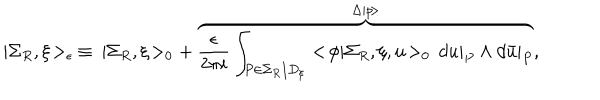
| \Sigma _ { R } , \xi \! > _ { \epsilon } \: \equiv \: | \Sigma _ { R } , \xi \! > _ { 0 } + \: \overbrace { \frac { \epsilon } { 2 \pi i } \int _ { P \in \Sigma _ { R } / D _ { \xi } } < \! \phi | \Sigma _ { R } , \xi , u \! > _ { 0 } \, d u | _ { P } \wedge d \bar { u } | _ { P } } ^ { \Delta | p \! > } ,